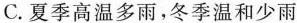
C.夏季高温多雨，冬季温和少雨